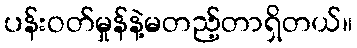
ပန်းဝတ်မှုန်နဲ့မတည့်တာရှိတယ်။